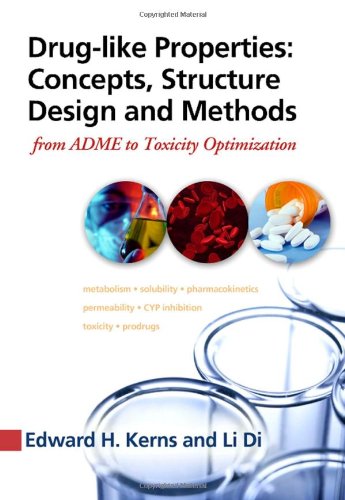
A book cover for Drug-like Properties:  Concepts, Structure Design and Methods: from ADME to Toxicity Optimization; Li Di; Science & Math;